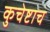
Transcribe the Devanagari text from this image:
कुचेष्टाच